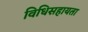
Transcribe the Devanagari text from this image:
विधिसहायता